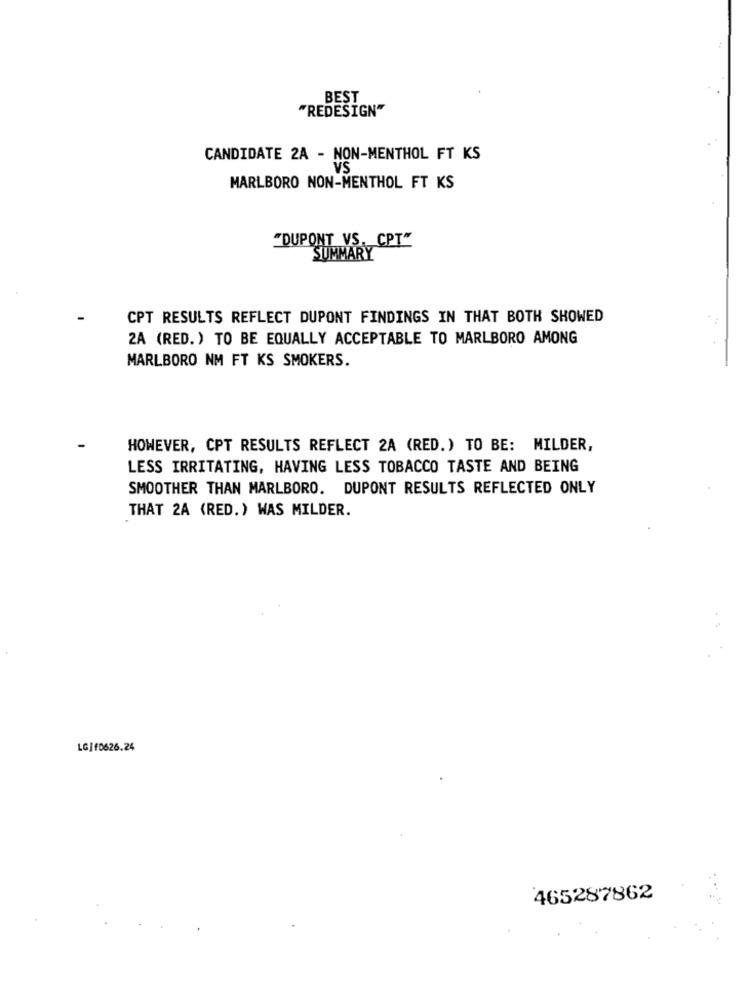
BEST
"REDESIGN"
CANDIDATE 2A - NON-MENTHOL FT KS
VS
MARLBORO NON-MENTHOL FT KS
"DUPONT VS. CPT"
SUMMARY
CPT RESULTS REFLECT DUPONT FINDINGS IN THAT BOTH SHOWED
2A (RED.) TO BE EQUALLY ACCEPTABLE TO MARLBORO AMONG
MARLBORO NM FT KS SMOKERS.
HOWEVER, CPT RESULTS REFLECT 2A (RED.) TO BE: MILDER,
LESS IRRITATING, HAVING LESS TOBACCO TASTE AND BEING
SMOOTHER THAN MARLBORO. DUPONT RESULTS REFLECTED ONLY
THAT 2A (RED.) WAS MILDER.
LGJf0626.24
465287862